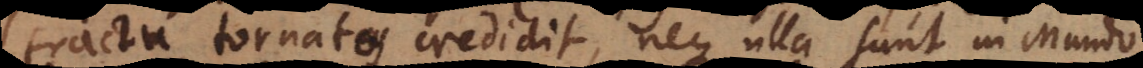
tractu tornatos credidit, neque ulla sunt Elementa